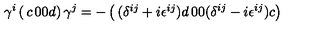
\gamma ^ { i } \left( \begin{matrix} { c } & { 0 } \\ { 0 } & { d } \\ \end{matrix} \right) \gamma ^ { j } = - \left( \begin{matrix} { ( \delta ^ { i j } + i \epsilon ^ { i j } ) d } & { 0 } \\ { 0 } & { ( \delta ^ { i j } - i \epsilon ^ { i j } ) c } \\ \end{matrix} \right)